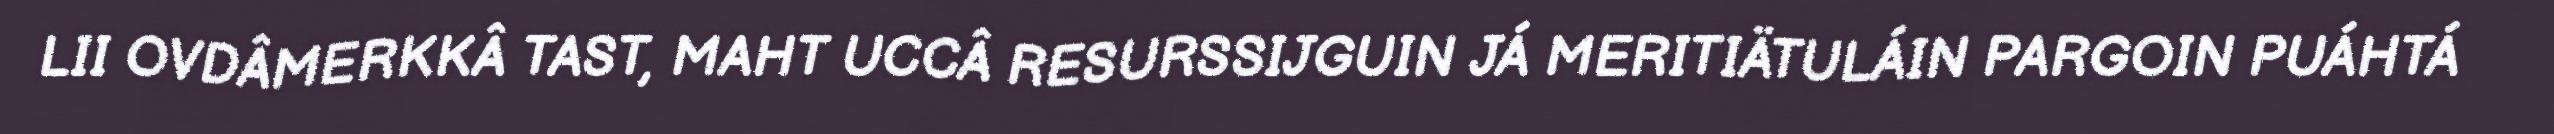
LII OVDÂMERKKÂ TAST, MAHT UCCÂ RESURSSIJGUIN JÁ MERITIÄTULÁIN PARGOIN PUÁHTÁ